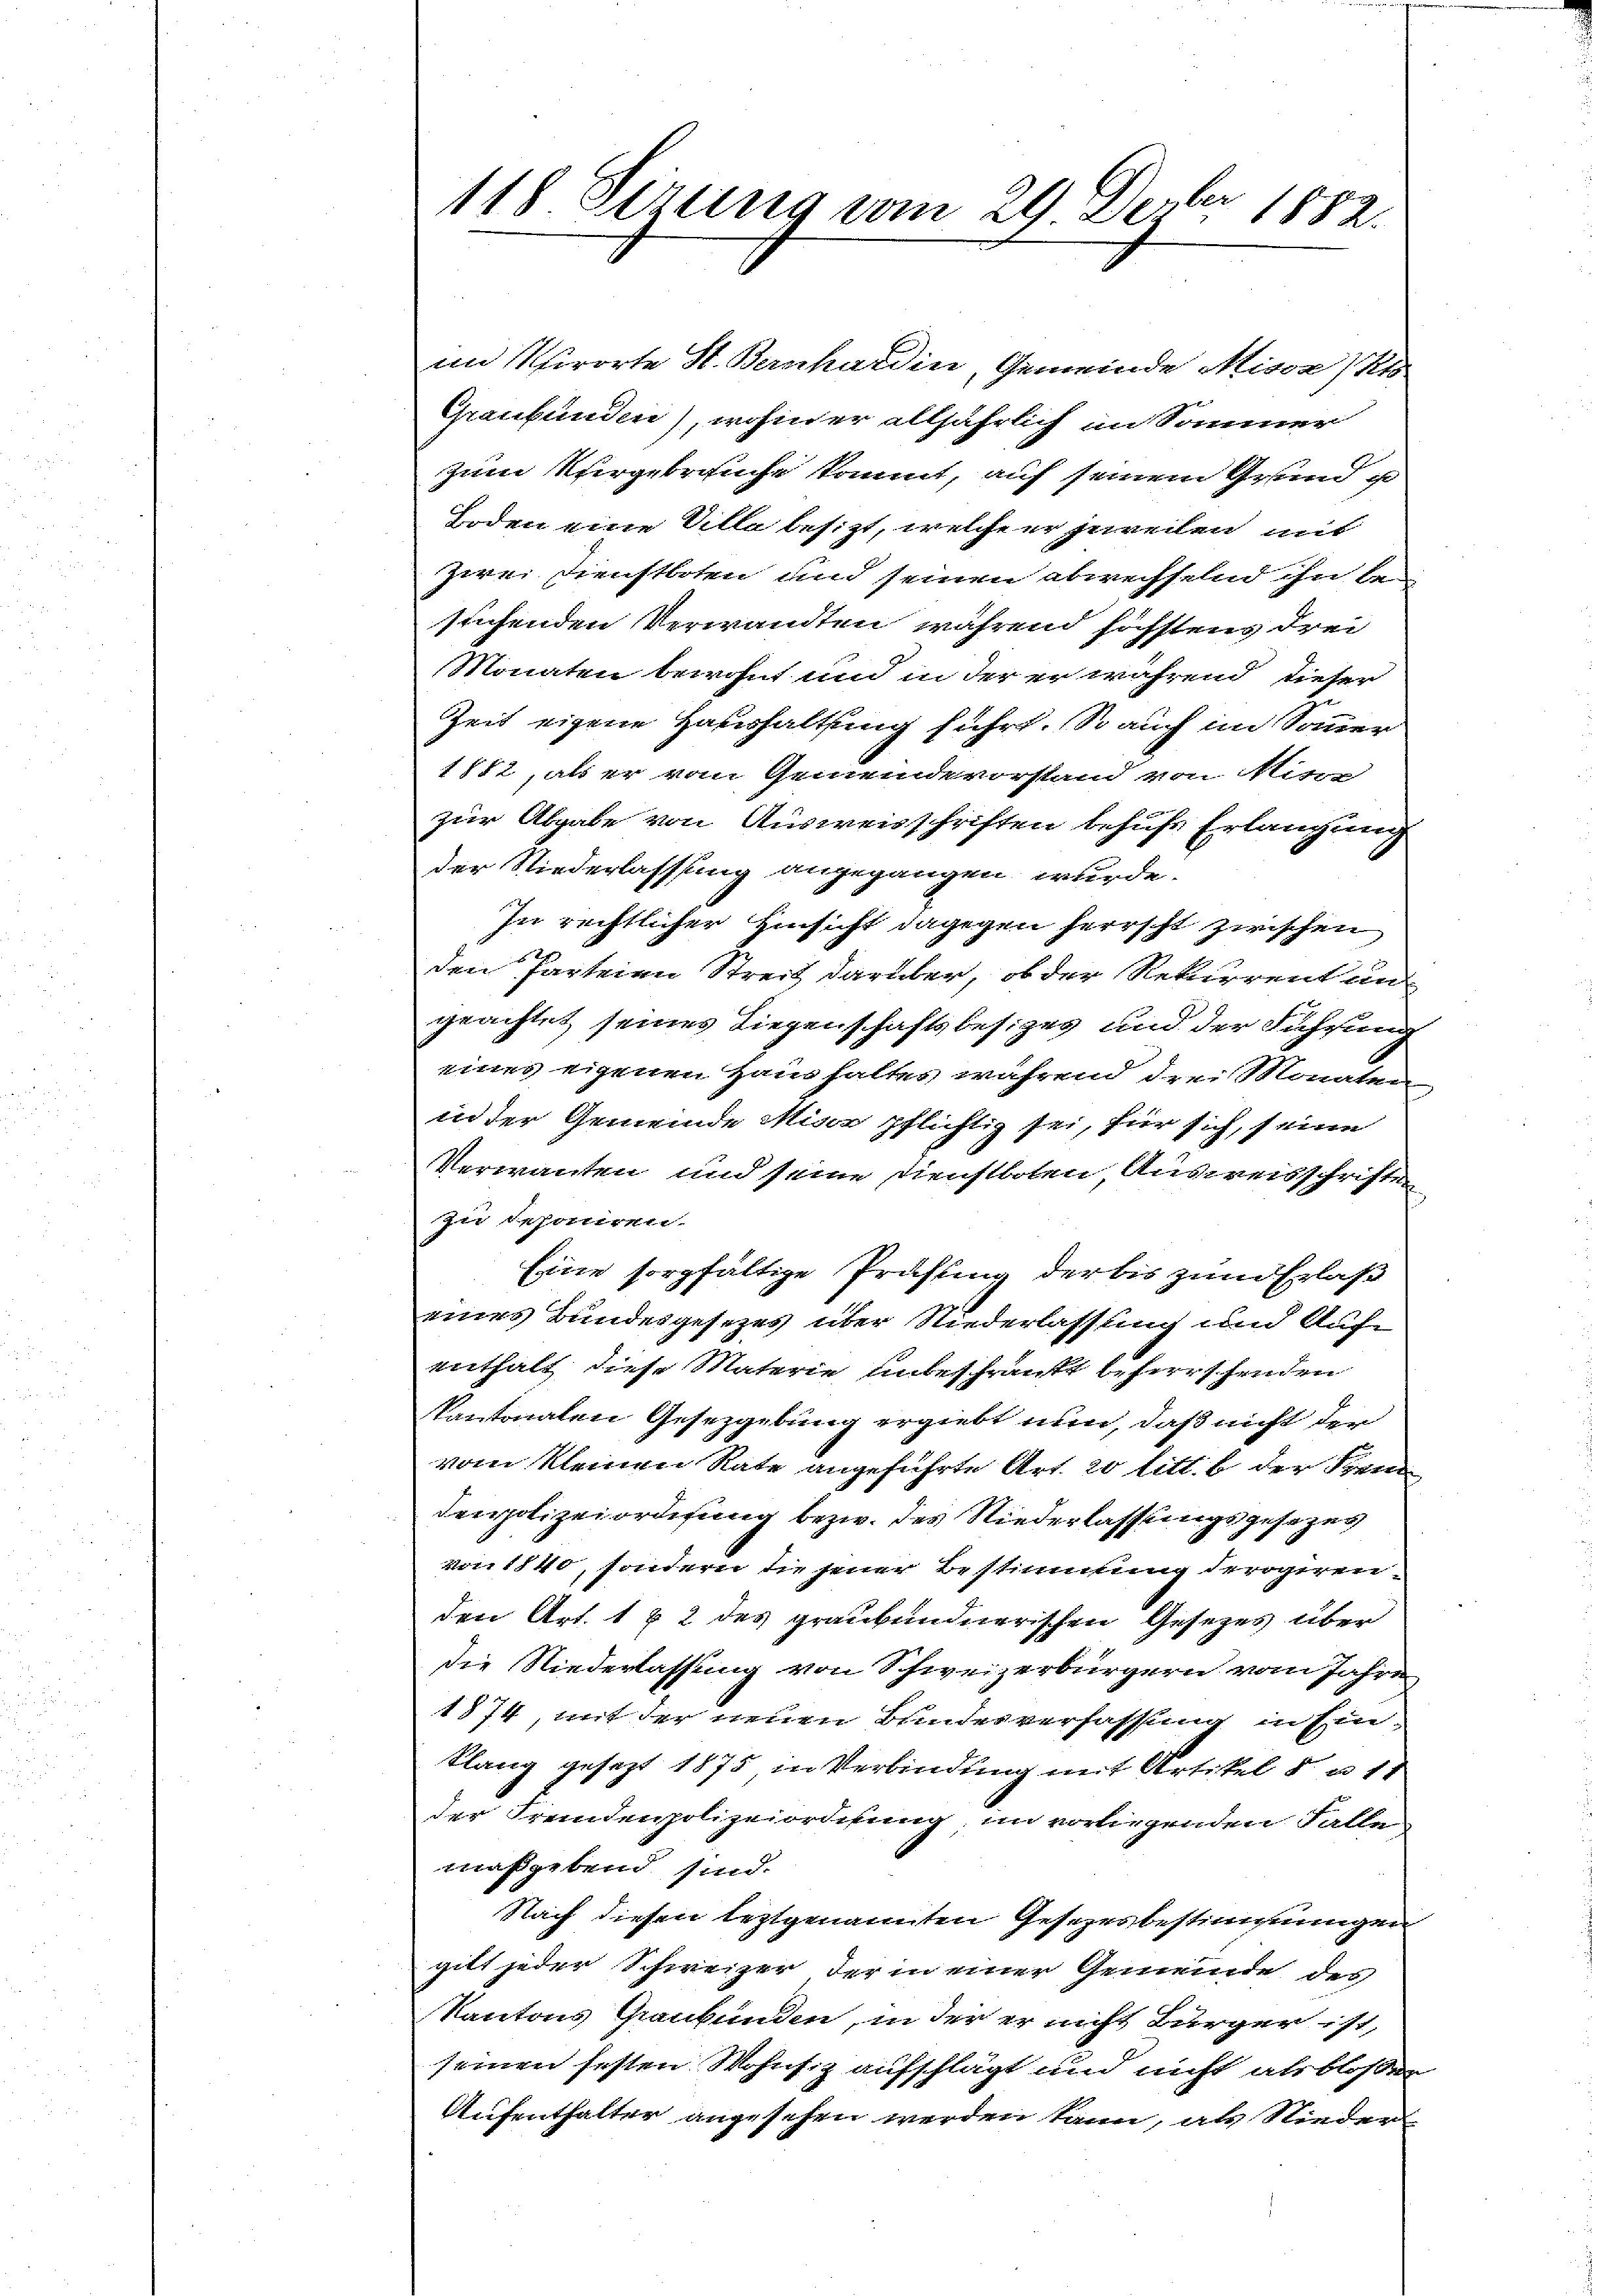
118 Tizung vom 29. Dezbr 1882.

im Verorte St. Bernhardin, Gemeinde Misse) Ki
Graubünden), wohin er alljährlich im Sommer
zum Kurgebrauche kommt, auf seinem Grund ist
Boden eine Ville besizt, welche er jeweilen mit
zwei Dienstboten und seinen abwechselnd ihn be-
suchenden Verwandten während höchstens drei
Monaten bewohnt und in der er während dieser
Zeit eigene Haushaltung führt. So auch im Sommer
1882, als er vom Gemeindevorstand von Mine
zur Abgabe von Ausweisschriften behufs Erlangung
der Niederlassung angegangen wurde.
In rechtlicher Hinsicht dagegen herrscht zwischen |
den Parteien Streit darüber, ob der Rekurrent un
geachtet seines Liegenschaftsbesiges und der Führung
eines eigenen Haushaltes während drei Monaten
in der Gemeinde Miser pflichtig sei, für sich, seine
Verwandten und seine Dienstboten, Ausweisschrifte
zu deponiren.
Eine sorgfältige Prüfung der bis zum Erlaß
eines Bundesgesezes über Niederlassung und Aufe
enthalt diese Materie unbeschränkt beherrschenden
Kantonalen Gesezgebung ergiebt nun, daß nicht der
vom kleinen Rate angeführte Art. 20 litt. b der Krei
derpolizeiorderung bezw. des Niederlassungsgesezes
von 1840, sondern die jener Bestimmung derogiren.
den Art. 1 & 2 des graubündnerischen Gesezes über
die Niederlassung von Schweizerbürgern vom Jahre
1874, mit der neuen Bundesverfassung in Ein-
Klang gesezt 1875, in Verbindung mit Artikel 5 n 11
der Fremdenpolizeiordnung, im vorliegenden Falle
maßgebend sind.
Nach diesen leztgenannten Gesezes bestimmungen
gilt jeder Schweizer der in einer Gemeinde des
Kantons Graubünden, in der er nicht Bürger ist,
seinen festen Wohnsig aufschlägt und nicht als blosser
Aufenthalter angesehen werden kann, als Nieder